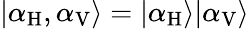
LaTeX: |\alpha_{\mathrm{H}},\alpha_{\mathrm{V}}\rangle=|\alpha_{\mathrm{H}}\rangle|\alpha_{\mathrm{V}}\rangle